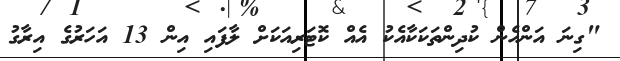
"ގިނަ އަންހެން ކުދިންތަކަކާއެކު އެއް ކޮޓަރިއަކަށް ލާފައި އިން 13 އަހަރުގެ އިރާގު